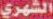
الشهري